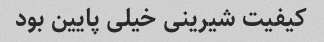
کیفیت شیرینی خیلی پایین بود